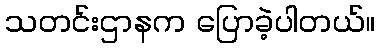
သတင်းဌာနက ပြောခဲ့ပါတယ်။